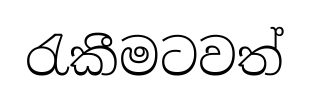
රැකීමටවත්